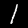
Digit: 1